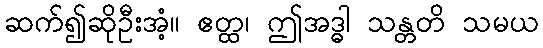
ဆက်၍ဆိုဦးအံ့။ ဧတ္ထ၊ ဤအဒ္ဓါ သန္တတိ သမယ